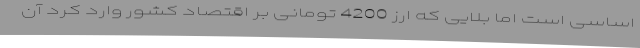
اساسی است اما بلایی که ارز 4200 تومانی بر اقتصاد کشور وارد کرد آن